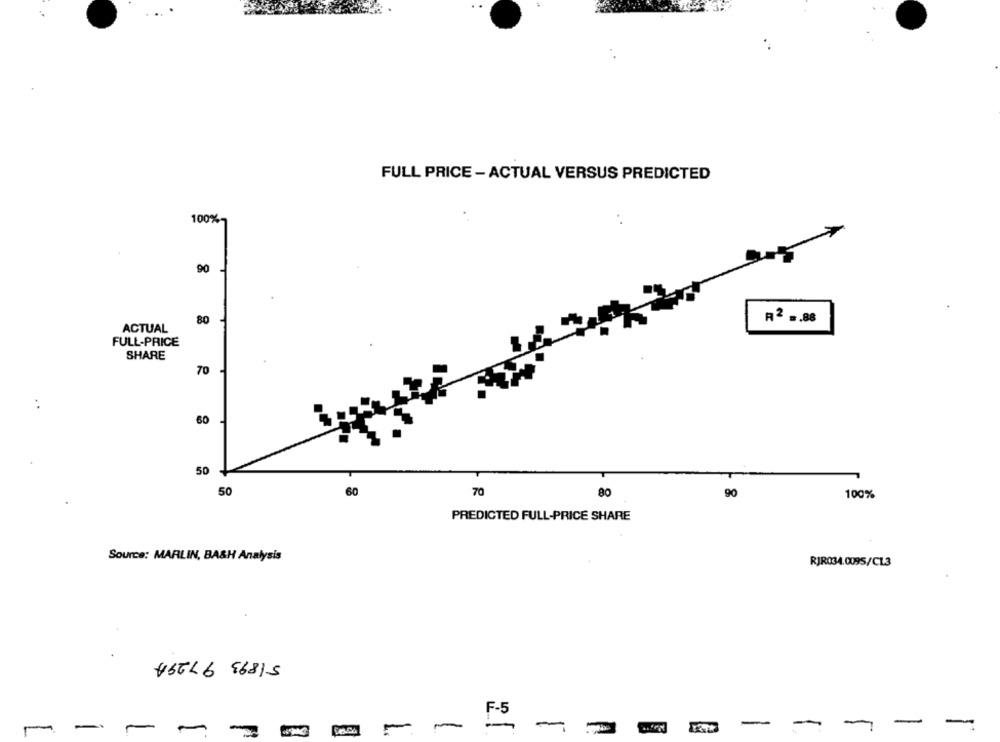
FULL PRICE - ACTUAL VERSUS PREDICTED
100%.
90
80
R2 -. 88
ACTUAL
FULL-PRICE
SHARE
70
60
50
70
50
60
80
90
100%
PREDICTED FULL-PRICE SHARE
Source: MARLIN, BASH Analysis
RIR034.0095/CL3
45616 56815
-
FS
-
-